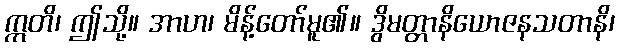
ဣတိ၊ ဤသို့။ အာဟ၊ မိန့်တော်မူ၏။ ဒွိမတ္တာနိယောဇနသတာနိ၊